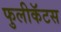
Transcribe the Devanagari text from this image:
फुलीकॅटस